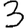
Digit: 3